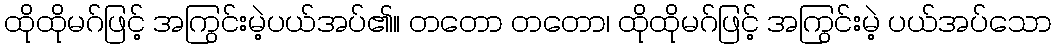
ထိုထိုမဂ်ဖြင့် အကြွင်းမဲ့ပယ်အပ်၏။ တတော တတော၊ ထိုထိုမဂ်ဖြင့် အကြွင်းမဲ့ ပယ်အပ်သော